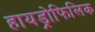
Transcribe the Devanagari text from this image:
हायड्रोफिलिक